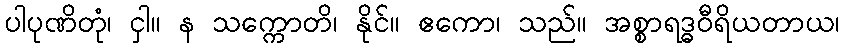
ပါပုဏိတုံ၊ ငှါ။ န သက္ကောတိ၊ နိုင်။ ဧကော၊ သည်။ အစ္စာရဒ္ဓဝီရိယတာယ၊